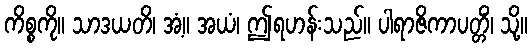
ကိစ္စကို။ သာဒယတိ၊ အံ့။ အယံ၊ ဤရဟန်းသည်။ ပါရာဇိကာပတ္တိံ၊ သို့။